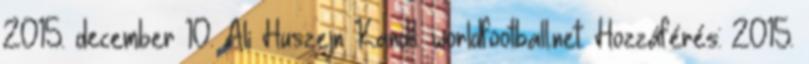
2015. december 10. Ali Huszejn Kandíl. worldfootball.net. Hozzáférés: 2015.